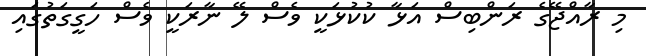
މި ރާއްޖޭގެ ރަންބިސް އަޅާ ކުކުޅަކީ ވެސް ލޭ ނާރަކީ ވެސް ހަގީގަތުގައި